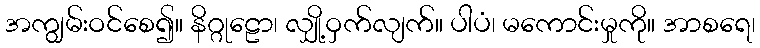
အကျွမ်းဝင်စေ၍။ နိဂ္ဂုဠော၊ လျှို့ဝှက်လျက်။ ပါပံ၊ မကောင်းမှုကို။ အာစရေ၊